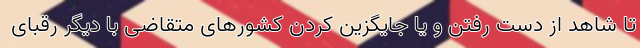
تا شاهد از دست رفتن و یا جایگزین کردن کشورهای متقاضی با دیگر رقبای